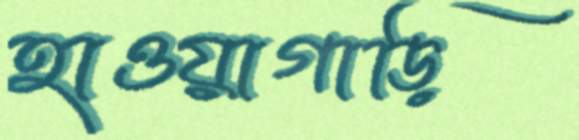
হাওয়াগাড়ি